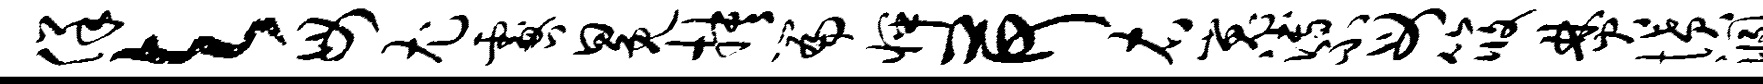
佯与毋尤咎冕抉篇怦荷右嵬溥不母筱焚愤溷